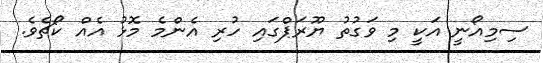
ސިމިއޯނީ އަކީ މި ވަގުތު ޔޫރަޕްގައި ހުރި އެންމެ މޮޅު އެއް ކޯޗެވެ.